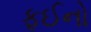
ફઈનો